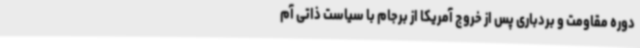
دوره مقاومت و بردباری پس از خروج آمریکا از برجام با سیاست ذاتی آم